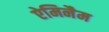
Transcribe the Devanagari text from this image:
ऐमिनैम